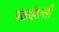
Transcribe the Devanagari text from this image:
पंखझिल्ली